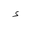
Letter: _hamza